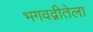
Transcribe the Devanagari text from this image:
भगवद्गीतेला